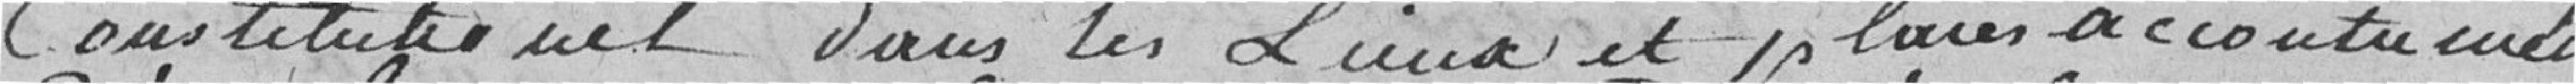
Constitutionnelle dans les lieux et places  accoutumés.